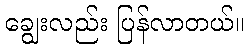
ချွေးလည်း ပြန်လာတယ်။